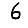
Digit: 6